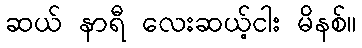
ဆယ် နာရီ လေးဆယ့်ငါး မိနစ်။